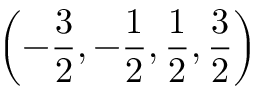
\left( - \displaystyle \frac { 3 } { 2 } , - \displaystyle \frac { 1 } { 2 } , \displaystyle \frac { 1 } { 2 } , \displaystyle \frac { 3 } { 2 } \right)